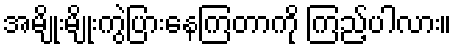
အမျိုးမျိုးကွဲပြားနေကြတာကို ကြည့်ပါလား။